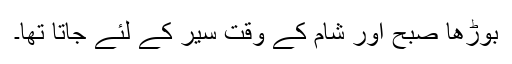
بوڑھا صبح اور شام کے وقت سیر کے لئے جاتا تھا۔